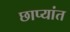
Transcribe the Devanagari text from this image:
छाप्यांत